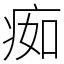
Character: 㾒